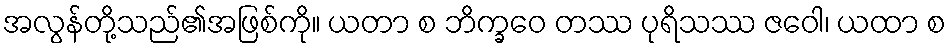
အလွန်တို့သည်၏အဖြစ်ကို။ ယတာ စ ဘိက္ခဝေ တဿ ပုရိသဿ ဇဝေါ၊ ယထာ စ